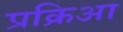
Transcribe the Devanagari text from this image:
प्रक्रिआ